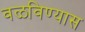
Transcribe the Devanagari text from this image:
वळविण्यास